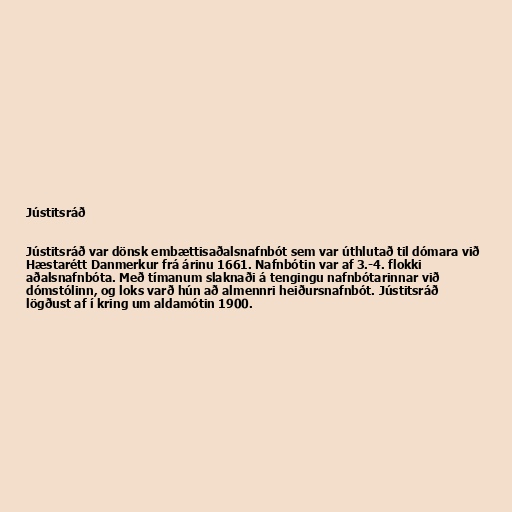
Jústitsráð

Jústitsráð var dönsk embættisaðalsnafnbót sem var úthlutað til dómara við
Hæstarétt Danmerkur frá árinu 1661. Nafnbótin var af 3.-4. flokki
aðalsnafnbóta. Með tímanum slaknaði á tengingu nafnbótarinnar við
dómstólinn, og loks varð hún að almennri heiðursnafnbót. Jústitsráð
lögðust af í kring um aldamótin 1900.